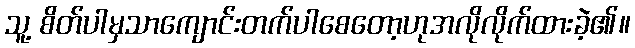
သူ့ စိတ်ပါမှသာကျောင်းတက်ပါစေတော့ဟုအလိုလိုက်ထားခဲ့၏။